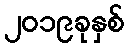
၂၀၁၉ခုနှစ်